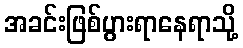
အခင်းဖြစ်ပွားရာနေရာသို့